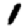
Digit: 1